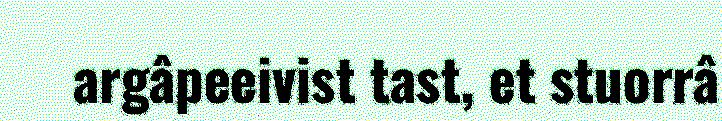
argâpeeivist tast, et stuorrâ